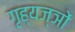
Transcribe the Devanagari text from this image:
गृह्यज्ञों